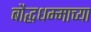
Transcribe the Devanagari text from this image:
बौद्धधम्माच्या